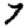
Digit: 7